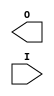
// $Header: /devl/xcs/repo/env/Databases/CAEInterfaces/verunilibs/data/uni9000/KEEP.v,v 1.4 2007/05/23 20:05:01 patrickp Exp $
///////////////////////////////////////////////////////////////////////////////
// Copyright (c) 1995/2004 Xilinx, Inc.
// All Right Reserved.
///////////////////////////////////////////////////////////////////////////////
//   ____  ____
//  /   /\/   /
// /___/  \  /    Vendor : Xilinx
// \   \   \/     Version : 7.1i (H.19)
//  \   \         Description : Xilinx Functional Simulation Library Component
//  /   /                  
// /___/   /\     Filename : KEEP.v
// \   \  /  \    Timestamp : Thu Mar 25 16:42:00 PST 2004
//  \___\/\___\
//
// Revision:
//    03/23/04 - Initial version.
//    05/23/07 - Changed timescale to 1 ps / 1 ps.

`timescale  1 ps / 1 ps

`celldefine

module KEEP (O, I);


    output O;

    input  I;

endmodule

`endcelldefine